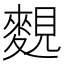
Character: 麲